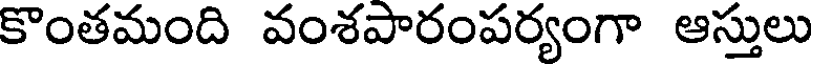
కొంతమంది వంశపారంపర్యంగా ఆస్తులు